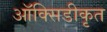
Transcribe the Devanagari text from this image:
ऑक्सिडीकृत